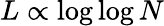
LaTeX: L\propto\log\log N